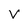
Character: V